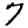
Digit: 7